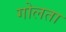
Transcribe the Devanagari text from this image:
गोलता